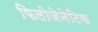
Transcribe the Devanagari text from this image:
फिलोजेनेटिक